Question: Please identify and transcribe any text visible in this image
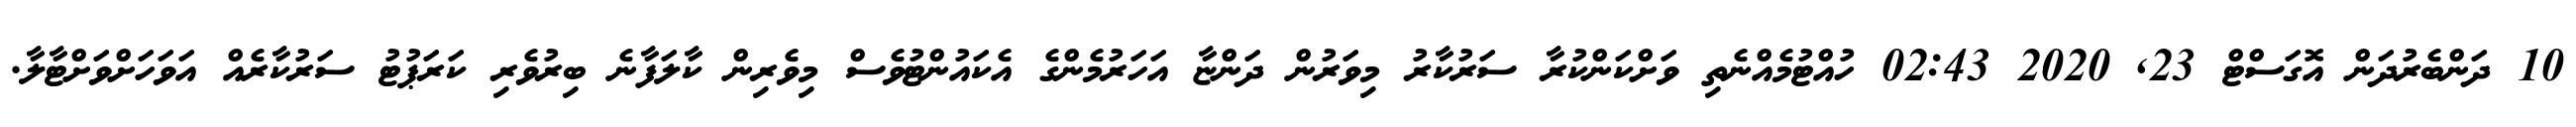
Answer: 10 ދަންބެރުދަން އޮގަސްޓް 23, 2020 02:43 ހުއްޓުމެއްނެތި ވަށްކަންކުރާ ސަރުކާރު މިވަރުން ދަންޏާ އަހަރުމެންގެ އެކައުންޓުވެސް މިވެރިން ކާލަފާނެ ބިރުވެރި ކަރަޕުޓު ސަރުކާރެއް އަވަހަށްވަށްޓާލާ.